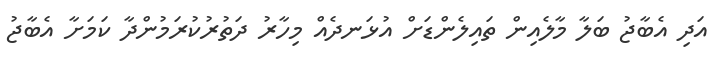
އަދި އެބާޖު ބަލާ މާލެއިން ތައިލެންޑަށް އުޅަނދެއް މިހާރު ދަތުރުކުރަމުންދާ ކަމަށާ އެބާޖު